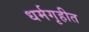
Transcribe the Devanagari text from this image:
धर्मगृहीत